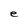
Character: e